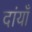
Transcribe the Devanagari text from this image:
दांयाँ